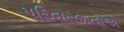
પરિવારજનોએ